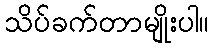
သိပ်ခက်တာမျိုးပါ။